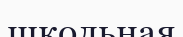
школьная